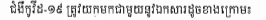
ជំងឺកូវីដ-១៩ ត្រូវយកមកជាមួយនូវឯកសារដូចខាងក្រោម៖